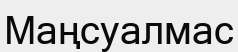
Маңсуалмас